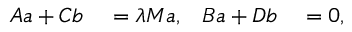
\begin{array} { r l r l } { A a + C b } & { { } = \lambda M a , } & { B a + D b } & { { } = 0 , } \end{array}